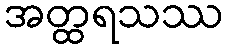
အတ္ထရသဿ